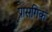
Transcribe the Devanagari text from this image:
प्रासगिक